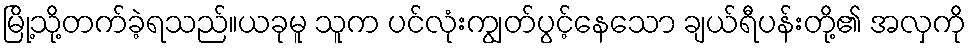
မြို့သို့တက်ခဲ့ရသည်။ယခုမူ သူက ပင်လုံးကျွတ်ပွင့်နေသော ချယ်ရီပန်းတို့၏ အလှကို